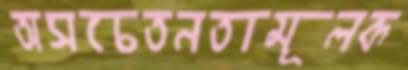
অসচেতনতামূলক